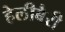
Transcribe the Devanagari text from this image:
हेलीबैरी